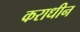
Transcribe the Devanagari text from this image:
कराधीन